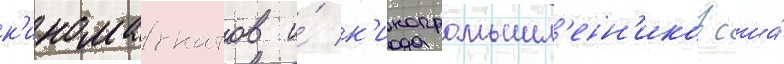
к'иномагнатов и́ к'инопромышл'енн'иков сша́